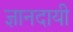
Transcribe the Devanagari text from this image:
ज्ञानदायी